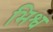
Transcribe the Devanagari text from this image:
भिश्व